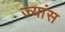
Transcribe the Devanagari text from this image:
ज्यांस